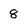
Character: 8